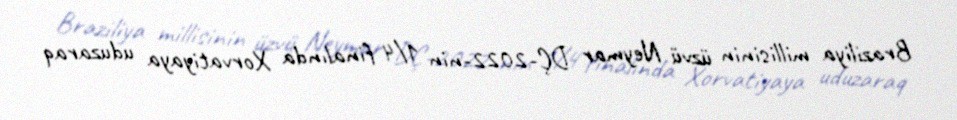
Braziliya millisinin üzvü Neymar DÇ-2022-nin 1/4 finalında Xorvatiyaya uduzaraq